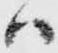
ハ